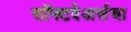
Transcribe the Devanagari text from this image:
सॉफ्टवेअर्सचा